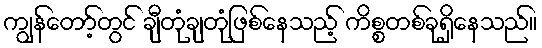
ကျွန်တော့်တွင် ချီတုံချတုံဖြစ်နေသည့် ကိစ္စတစ်ခုရှိနေသည်။